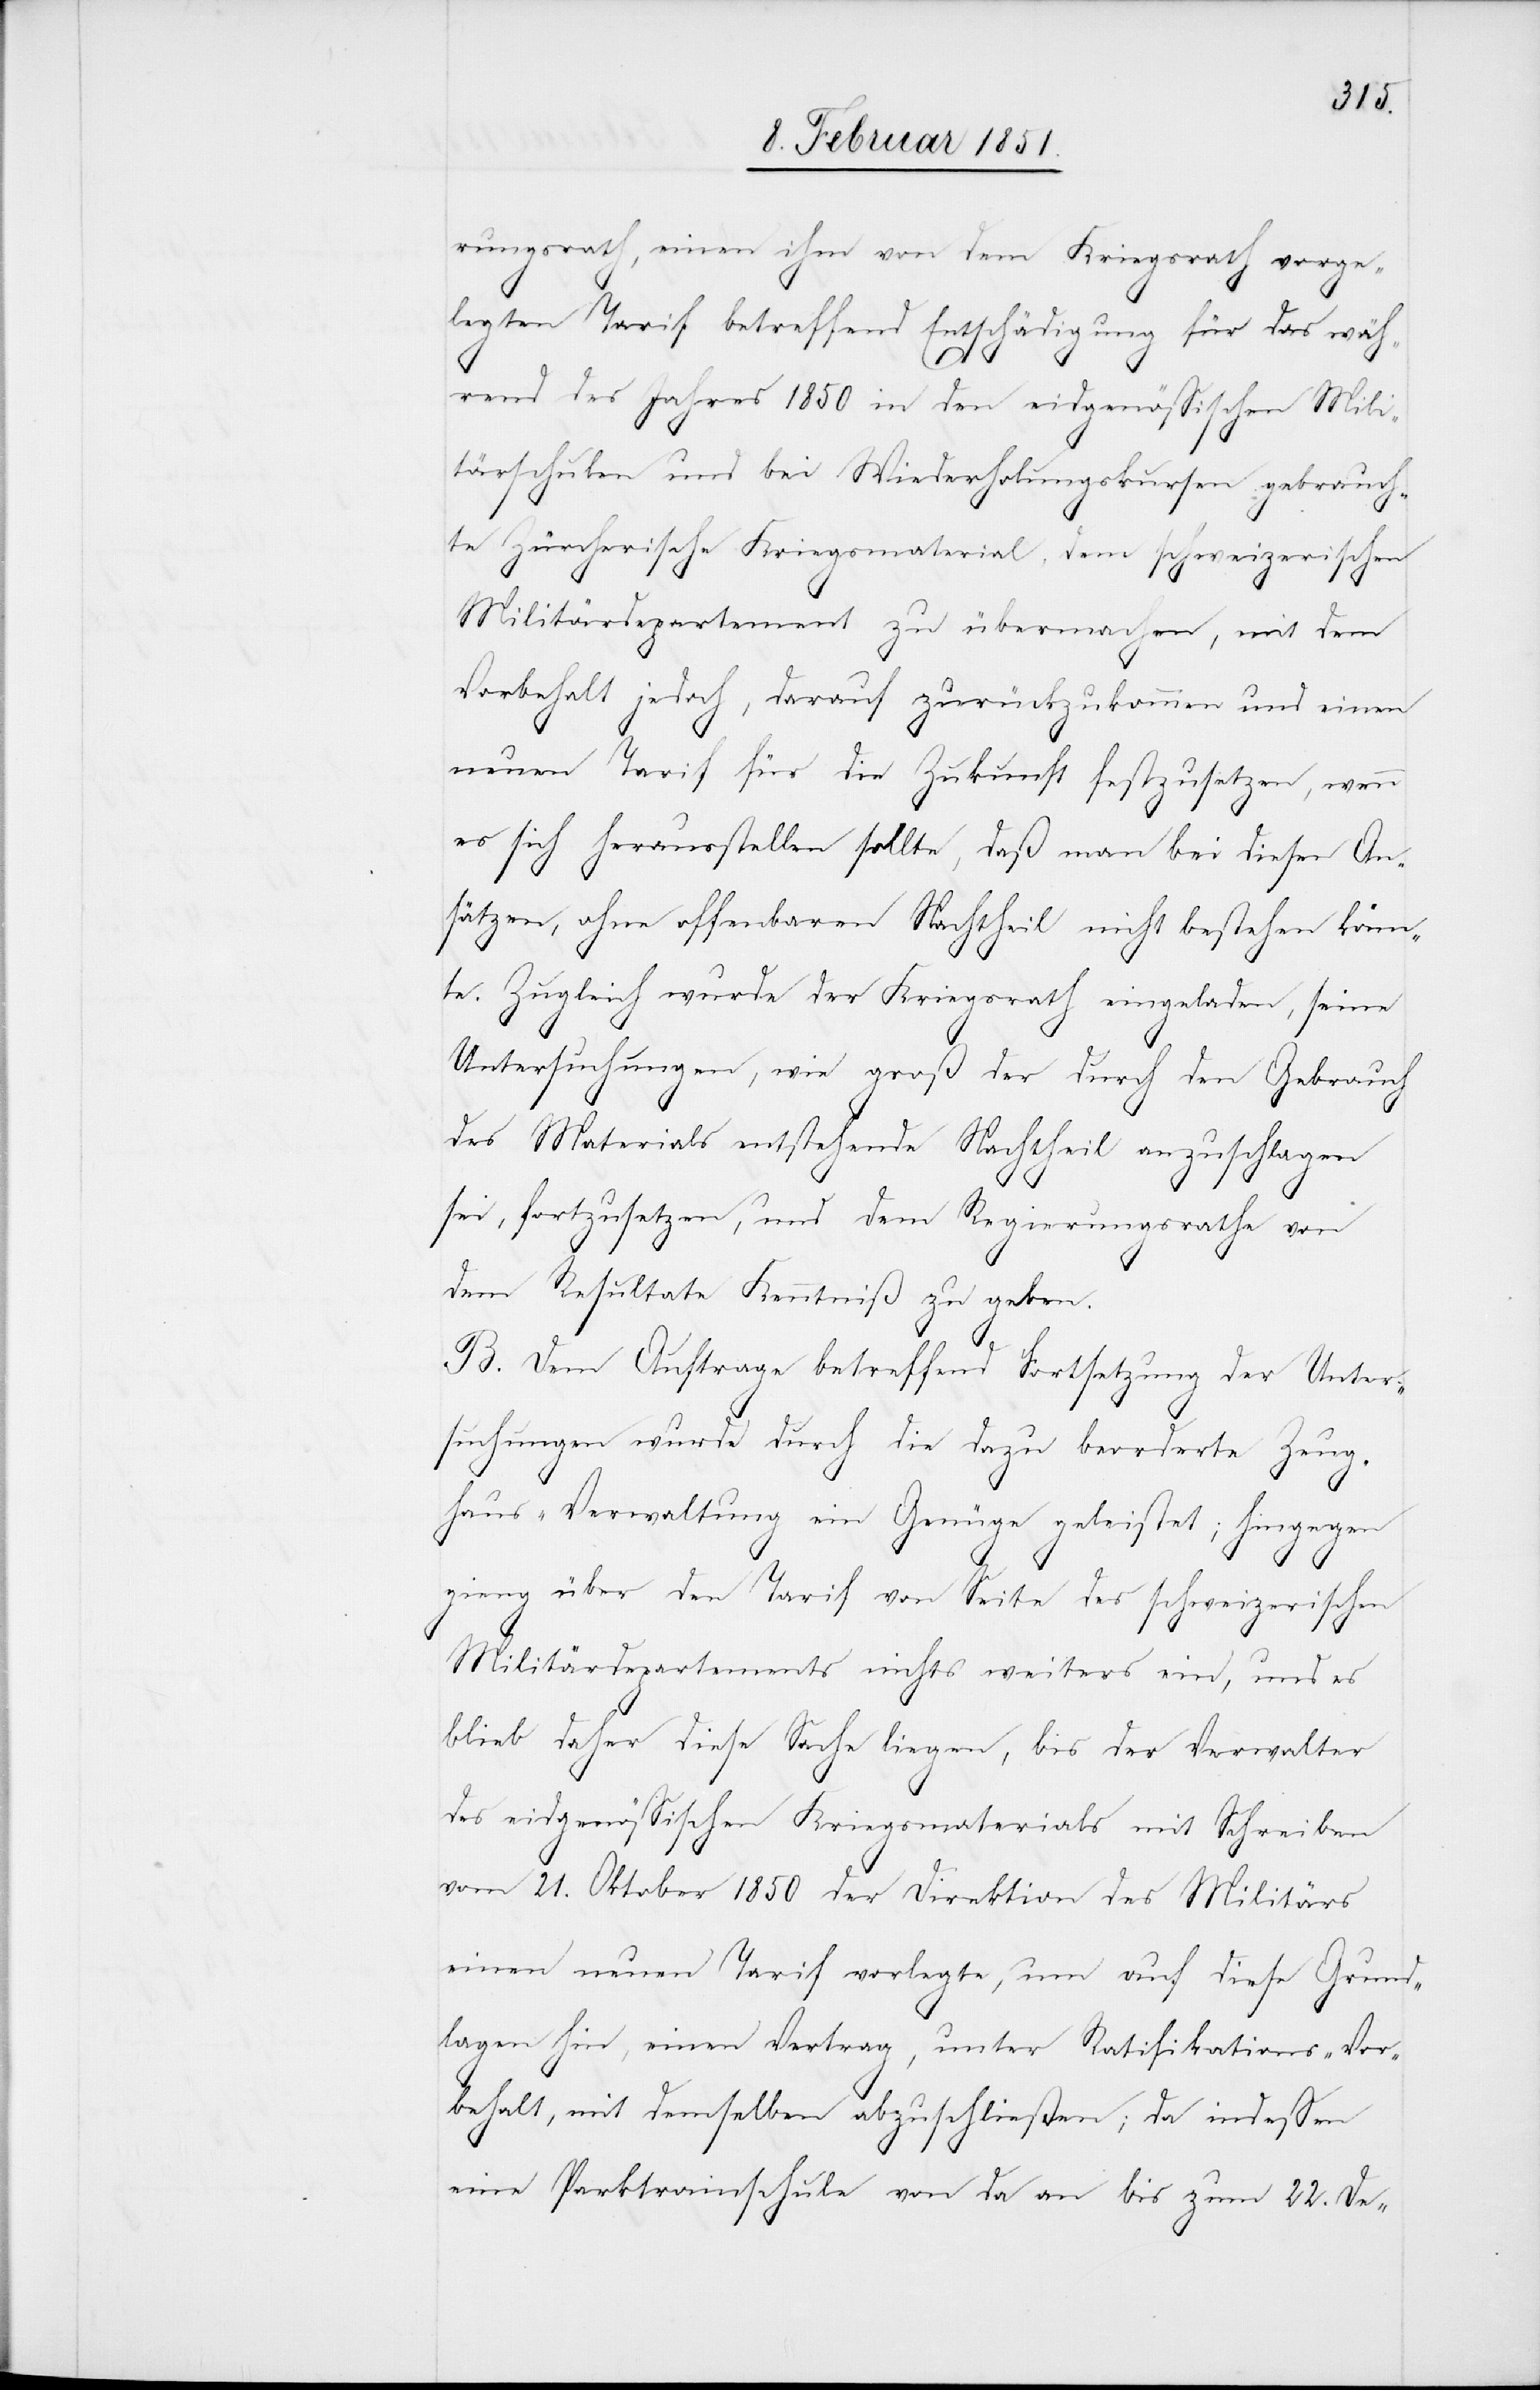
rungsrath, einen ihm von dem Kriegsrath vorge¬
legten Tarif betreffend Entschädigung für das wäh¬
rend des Jahres 1850 in den eidgenössischen Mili¬
tärschulen und bei Wiederholungskursen gebrauch¬
te Zürcherische Kriegsmaterial, dem schweizerischen
Militärdepartement zu übermachen, mit dem
Vorbehalt jedoch, darauf zurückzukommen und einen
neuen Tarif für die Zukunft festzusetzen, wenn
es sich herausstellen sollte, daß man bei diesen An¬
sätzen, ohne offenbaren Nachtheil nicht bestehen könn¬
te. Zugleich wurde der Kriegsrath eingeladen, seine
Untersuchungen, wie groß der durch den Gebrauch
des Materials entstehende Nachtheil anzuschlagen
sei, fortzusetzen, und dem Regierungsrathe von
dem Resultate Kenntniß zu geben.
B. Dem Auftrage betreffend Fortsetzung der Unter¬
suchungen wurde durch die dazu beorderte Zeug¬
haus-Verwaltung ein Genüge geleistet; hingegen
[sic!] über den Tarif von Seite des schweizerischen
Militärdepartements nichts weiters ein, und es
blieb daher diese Sache liegen, bis der Verwalter
des eidgenössischen Kriegsmaterials mit Schreiben
vom 21. Oktober 1850 der Direktion des Militärs
einen neuen Tarif vorlegte, um auf diese Grund¬
lagen hin, einen Vertrag, unter Ratifikations-Vor¬
behalt, mit demselben abzuschließen; da indessen
eine Parktrainschule von da an bis zum 22. De-